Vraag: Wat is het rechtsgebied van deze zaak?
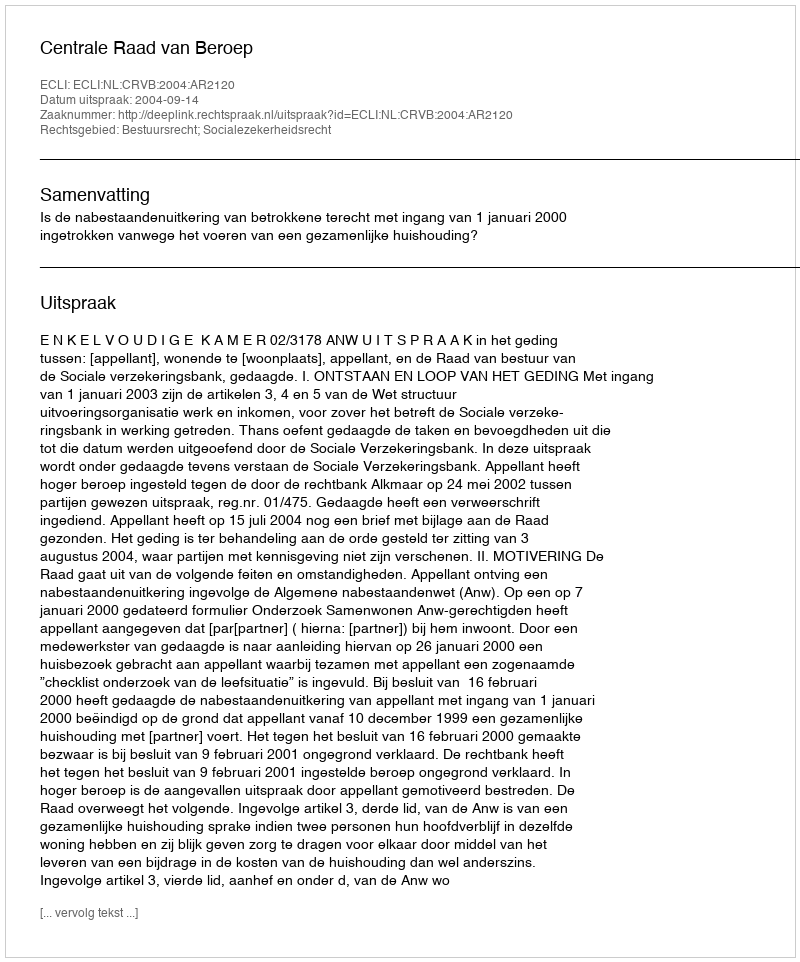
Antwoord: Bestuursrecht; Socialezekerheidsrecht